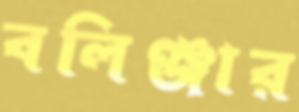
বলিঞ্জার